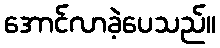
အောင်လာခဲ့ပေသည်။